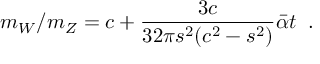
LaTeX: m _ { W } / m _ { Z } = c + \frac { 3 c } { 3 2 \pi s ^ { 2 } ( c ^ { 2 } - s ^ { 2 } ) } \bar { \alpha } t \; \; .